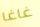
غاغا